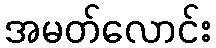
အမတ်လောင်း